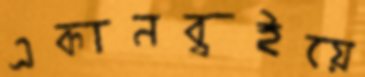
একানব্বইয়ে